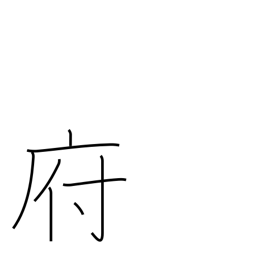
Meaning: borough